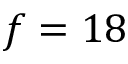
f = 1 8